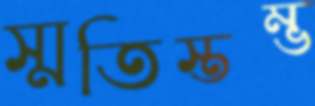
স্মতিস্তম্ভ